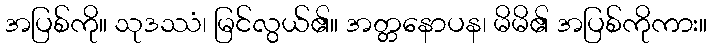
အပြစ်ကို။ သုဒဿံ၊ မြင်လွယ်၏။ အတ္တနောပန၊ မိမိ၏ အပြစ်ကိုကား။